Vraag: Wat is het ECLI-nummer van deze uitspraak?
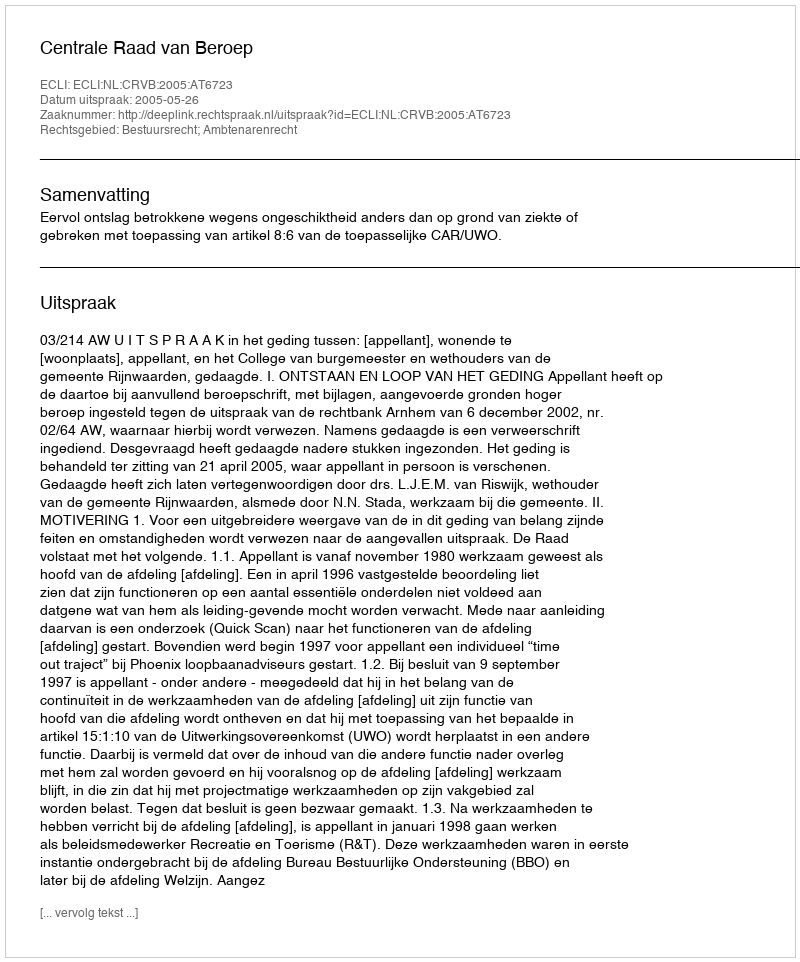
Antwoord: ECLI:NL:CRVB:2005:AT6723